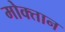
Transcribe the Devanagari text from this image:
मोक्तान